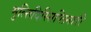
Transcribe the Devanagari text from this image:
मुल्तिदिस्सिप्लिनारी